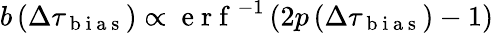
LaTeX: b\left(\Delta\tau_{\mathrm{~b~i~a~s~}}\right)\propto\mathrm{~e~r~f~}^{-1}\left(2p\left(\Delta\tau_{\mathrm{~b~i~a~s~}}\right)-1\right)